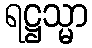
ရဋ္ဌသ္မာ